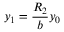
y _ { 1 } = \frac { R _ { 2 } } { b } y _ { 0 }